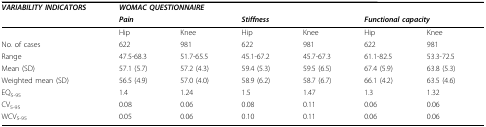
<table><thead><tr><td><b><i>VARIABILITY </i><i>INDICATORS</i></b></td><td colspan="6"><b><i>WOMAC QUESTIONNAIRE</i></b></td></tr><tr><td></td><td colspan="2"><b><i>Pain</i></b></td><td colspan="2"><b><i>Stiffness</i></b></td><td colspan="2"><b><i>Functional capacity</i></b></td></tr></thead><tbody><tr><td></td><td>Hip</td><td>Knee</td><td>Hip</td><td>Knee</td><td>Hip</td><td>Knee</td></tr><tr><td>No. of cases</td><td>622</td><td>981</td><td>622</td><td>981</td><td>622</td><td>981</td></tr><tr><td>Range</td><td>47.5-68.3</td><td>51.7-65.5</td><td>45.1-67.2</td><td>45.7-67.3</td><td>61.1-82.5</td><td>53.3-72.5</td></tr><tr><td>Mean (SD)</td><td>57.1 (5.7)</td><td>57.2 (4.3)</td><td>59.4 (5.3)</td><td>59.5 (6.5)</td><td>67.4 (5.9)</td><td>63.8 (5.3)</td></tr><tr><td>Weighted mean (SD)</td><td>56.5 (4.9)</td><td>57.0 (4.0)</td><td>58.9 (6.2)</td><td>58.7 (6.7)</td><td>66.1 (4.2)</td><td>63.5 (4.6)</td></tr><tr><td>EQ<sub>5-95</sub></td><td>1.4</td><td>1.24</td><td>1.5</td><td>1.47</td><td>1.3</td><td>1.32</td></tr><tr><td>CV<sub>5-95</sub></td><td>0.08</td><td>0.06</td><td>0.08</td><td>0.11</td><td>0.06</td><td>0.06</td></tr><tr><td>WCV<sub>5-95</sub></td><td>0.05</td><td>0.06</td><td>0.10</td><td>0.11</td><td>0.06</td><td>0.06</td></tr></tbody></table>